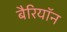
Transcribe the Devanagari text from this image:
बैरियॉन